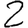
Digit: 2